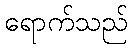
ရောက်သည်